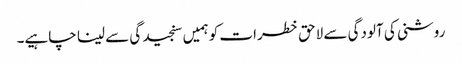
روشنی کی آلودگی سے لاحق خطرات کو ہمیں سنجید گی سے لینا چاہیے۔